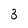
Character: 3